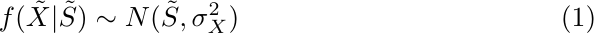
\begin{equation}\label{fcond}
	f (\tilde{X} \vert \tilde{S}) \sim N(\tilde{S}, \sigma^{2}_{X}  )
\end{equation}